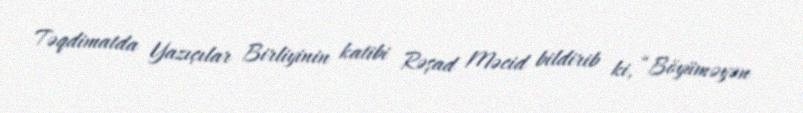
Təqdimatda Yazıçılar Birliyinin katibi Rəşad Məcid bildirib ki, “Böyüməyən